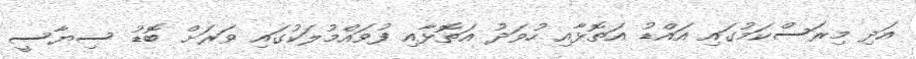
އަދި މިރަސްކަމުގައި އައްޑު އަތޮޅާއި ހުވަދު އަތޮޅާއި ފުވައްމުލަކުގައި ވަރަށް ބޮޑު ސިޔާސީ